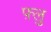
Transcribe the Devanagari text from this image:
फ़्लु